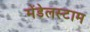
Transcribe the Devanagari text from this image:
मेंडेलस्टाम